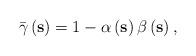
LaTeX: \begin{align*}\bar{\gamma}\left( \mathbf{s}\right)=1-\alpha \left( \mathbf{s}\right) \beta \left( \mathbf{s}\right),\end{align*}